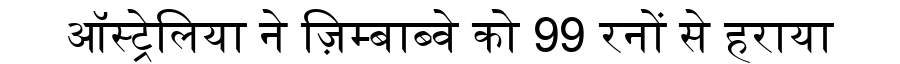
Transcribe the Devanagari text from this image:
ऑस्ट्रेलिया ने ज़िम्बाब्वे को 99 रनों से हराया